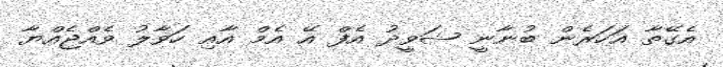
އެގޭތާ އަހަރެން ބުނާނީ ޝަވީދު އެފް އޭ އެމް އާއި ހަވާލު ވެއްޖެއްޔާ